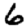
Digit: 6